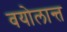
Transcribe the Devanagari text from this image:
वयोलान्त